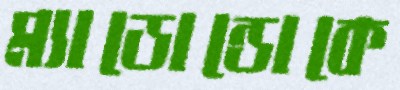
ম্যাডোন্ডোকে